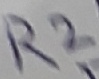
Text: R2